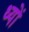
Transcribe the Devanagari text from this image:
ध्यों